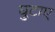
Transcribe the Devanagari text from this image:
घुटाए